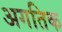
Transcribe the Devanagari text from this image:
अगतिक